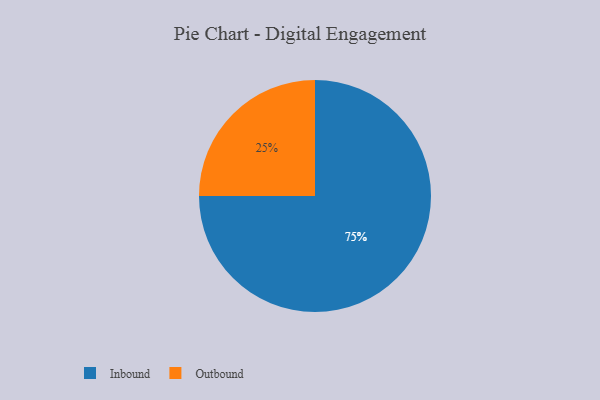
{"axis": {"x": "Category", "y": "Percentage"}, "legend": ["Inbound", "Outbound"], "data": [{"x": "Inbound", "y": 75, "type": "Inbound"}, {"x": "Outbound", "y": 25, "type": "Outbound"}]}